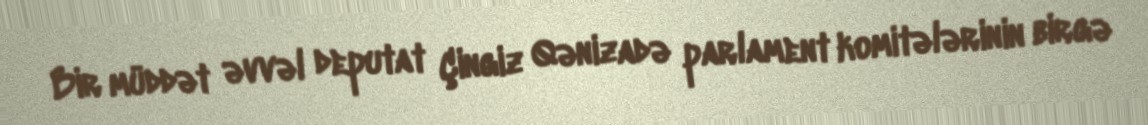
Bir müddət əvvəl deputat Çingiz Qənizadə parlament komitələrinin birgə